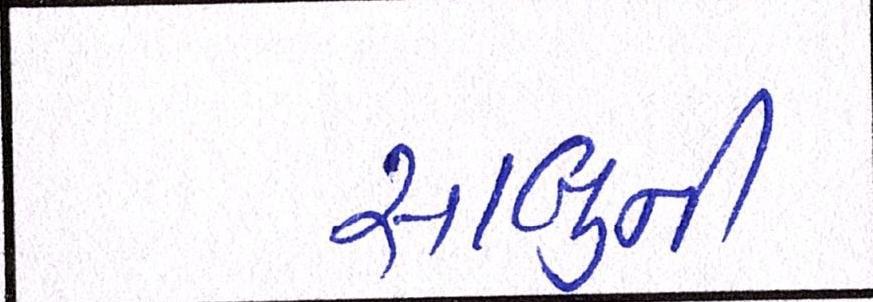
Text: સાબુની